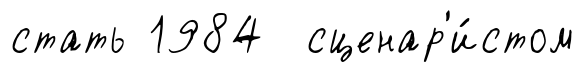
стать 1984 сценар'и́стом